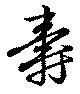
壽